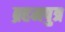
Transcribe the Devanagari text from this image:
ब्रहमपुत्र